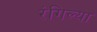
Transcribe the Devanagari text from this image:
रंगिल्या